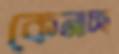
কেনাচ্ছ